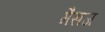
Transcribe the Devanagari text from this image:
मैसज